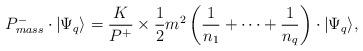
LaTeX: \begin{align*}P^-_{mass} \cdot \vert \Psi_q \rangle = \frac{K}{P^+} \times \frac{1}{2}m^2 \left(\frac{1}{n_1} + \cdots + \frac{1}{n_q} \right)\cdot \vert \Psi_q \rangle,\end{align*}